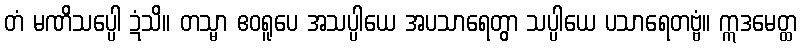
တံ မဏိသပ္ပေါ ဍံသိ။ တသ္မာ ဧဝရူပေ အသပ္ပါယေ အပသာရေတွာ သပ္ပါယေ ပသာရေတဗ္ဗံ။ ဣဒမေတ္ထ